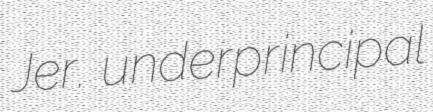
Jer. underprincipal